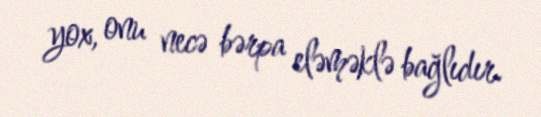
yox, onu necə bərpa eləməklə bağlıdır.